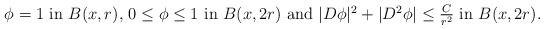
\begin{align*} \mbox{ $\phi=1$ in $B(x,r)$, $0\le \phi\le 1$ in $B(x,2r)$ and $|D\phi|^2+|D^2\phi|\le\frac C{r^2}$ in $B(x,2r)$.} \end{align*}